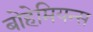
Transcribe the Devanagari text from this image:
बोहेमियन्स